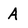
Character: A